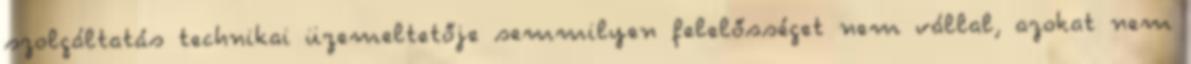
szolgáltatás technikai üzemeltetője semmilyen felelősséget nem vállal, azokat nem